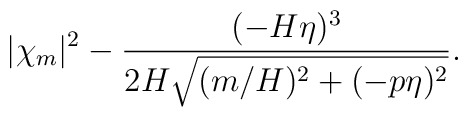
|\chi_{m}|^{2} - \frac{(- H \eta)^{3}}{2 H \sqrt{(m/H)^{2} + (- p \eta)^{2}}}.